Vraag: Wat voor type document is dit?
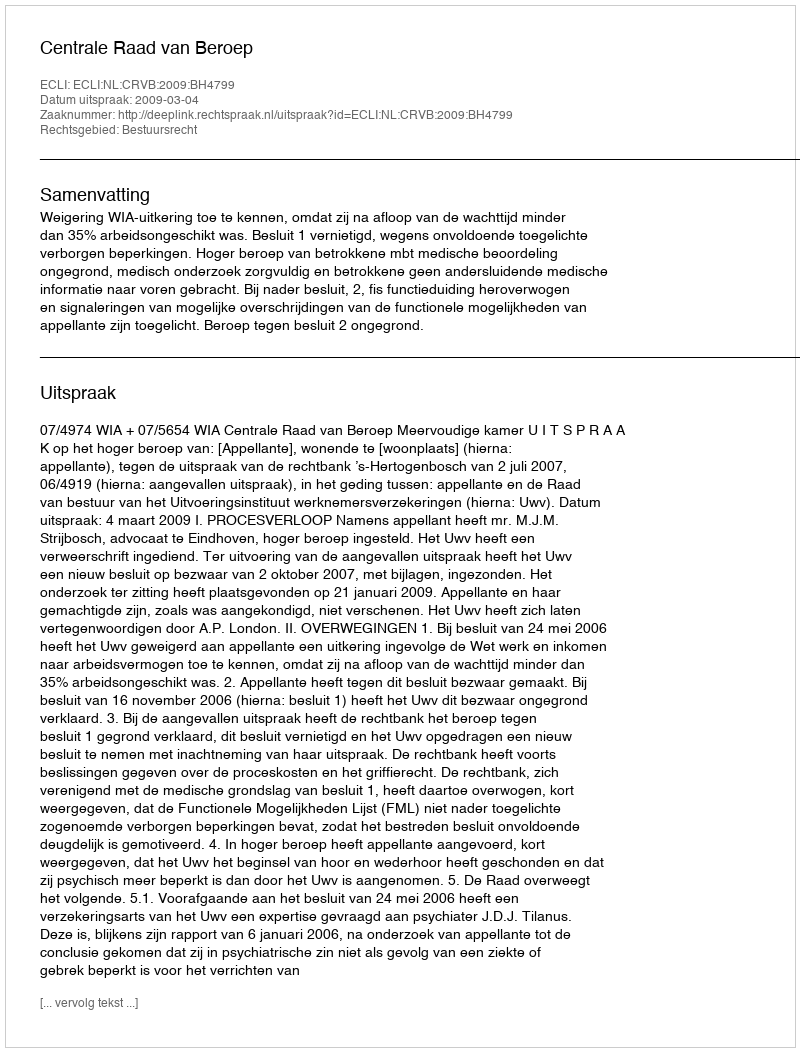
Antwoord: Uitspraak